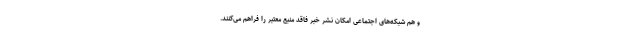
و هم شبکه‌های اجتماعی امکان نشر خبر فاقد منبع معتبر را فراهم می‌کنند.